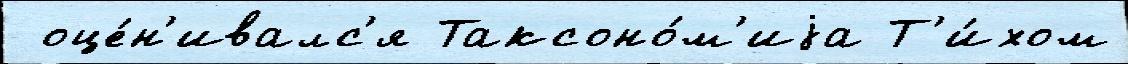
 оце́н'ивалс'я Таксоно́м'иjа Т'и́хом